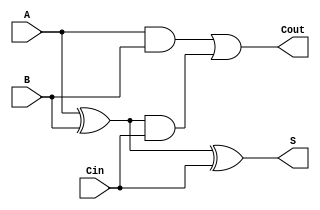
module adder_1bit( S, Cout, A, B, Cin);
	// define as entradas
   input A, B, Cin;
	
	// define as saidas
   output S, Cout;
	
	// define os fios
   wire A_XOR_B, A_AND_B;
	wire w0;
 
   xor xor0 (A_XOR_B, A, B);
   xor xor1 (S, A_XOR_B, Cin);

   and and0(A_AND_B, A, B);
   and and1(w0, A_XOR_B, Cin);
   
   or or0(Cout, A_AND_B, w0);
endmodule